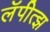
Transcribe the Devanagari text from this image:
लॅपीत्झ